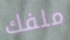
ملفك